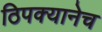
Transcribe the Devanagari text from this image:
ठिपक्यानेच